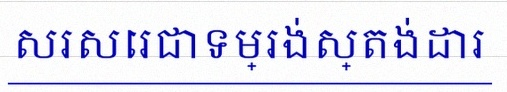
សរសេរជាទម្រង់ស្តង់ដារ